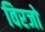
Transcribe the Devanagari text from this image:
विरजो